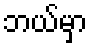
ဘယ်မှာ